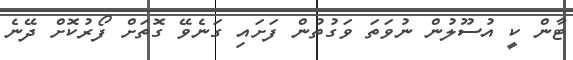
ޓާން ކީ އުސޫލުން ނުވަތަ ވަގުތުން ފަށައި ގަނެވޭ ގޮތަށް ފޯރުކޮށް ދޭނެ